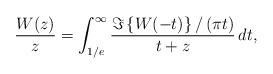
LaTeX: \begin{align*}\frac{W(z)}{z}= \int_{1/e}^{\infty}\frac{\Im \left\{W(-t)\right\}/\left(\pi t\right)}{t+z}\, dt, \end{align*}